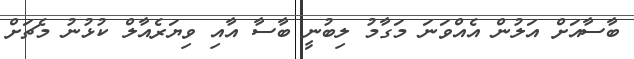
ބާސާއަށް އަލުން އެއްވަނަ މަގާމު ލިބުނީ ބާސާ އާއި ވިޔަރެއާލް ކުޅުނު މެޗަށް